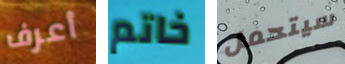
أعرف خاتم سيتحمل